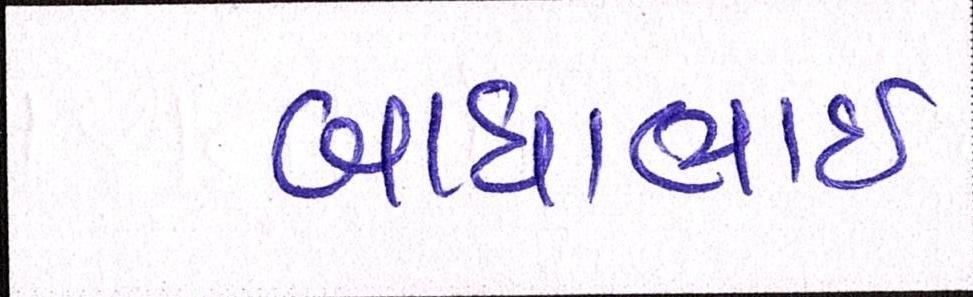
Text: બાઘાભાઇ